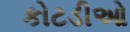
કોટડીઓ